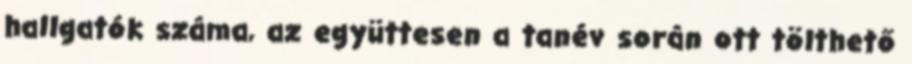
hallgatók száma, az együttesen a tanév során ott tölthető